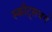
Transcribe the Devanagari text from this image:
स्कौट्सबर्ग